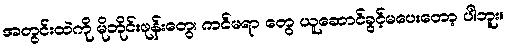
အတွင်းထဲကို မိုဘိုင်းဖုန်းတွေ၊ ကင်မရာ တွေ ယူဆောင်ခွင့်မပေးတော့ ပါဘူး။